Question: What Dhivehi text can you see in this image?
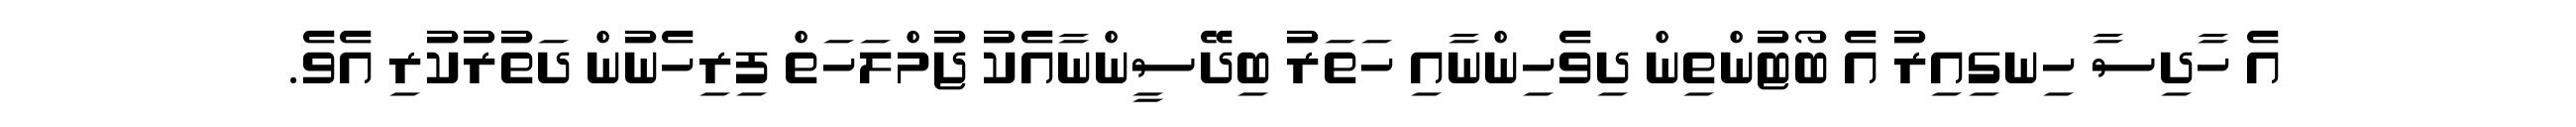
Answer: އެ ހާދިސާ ހިނގިއިރު އެ ބޯޓުންތިން ދިވެހިންނާއި ހަތަރު ބިދޭސީންނާއެކު ޖުމްލަހަތް ފިރިހެނުން ދަތުރުކުރި އެވެ.